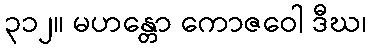
၃၁၂။ မဟန္တော ကောဇဝေါ ဒီဃ၊